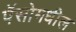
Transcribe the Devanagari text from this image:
पॅसोमधील